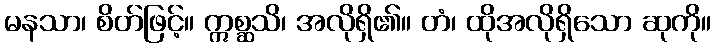
မနသာ၊ စိတ်ဖြင့်။ ဣစ္ဆသိ၊ အလိုရှိ၏။ တံ၊ ထိုအလိုရှိသော ဆုကို။